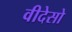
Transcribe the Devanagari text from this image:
वीदेसो